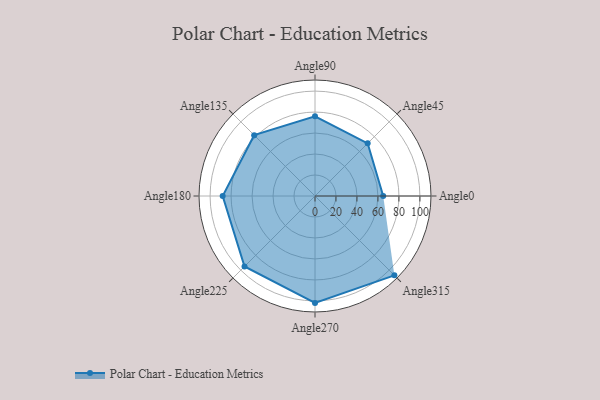
{"axis": {"x": "Angle", "y": "Radius"}, "legend": [""], "data": [{"x": "Angle0", "y": 65.0, "type": ""}, {"x": "Angle45", "y": 71.0, "type": ""}, {"x": "Angle90", "y": 76.0, "type": ""}, {"x": "Angle135", "y": 82.0, "type": ""}, {"x": "Angle180", "y": 88.0, "type": ""}, {"x": "Angle225", "y": 95.0, "type": ""}, {"x": "Angle270", "y": 102.0, "type": ""}, {"x": "Angle315", "y": 107.0, "type": ""}]}